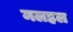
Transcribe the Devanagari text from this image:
मलहल